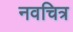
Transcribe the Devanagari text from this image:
नवचित्र